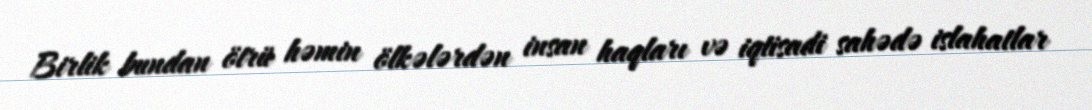
Birlik bundan ötrü həmin ölkələrdən insan haqları və iqtisadi sahədə islahatlar